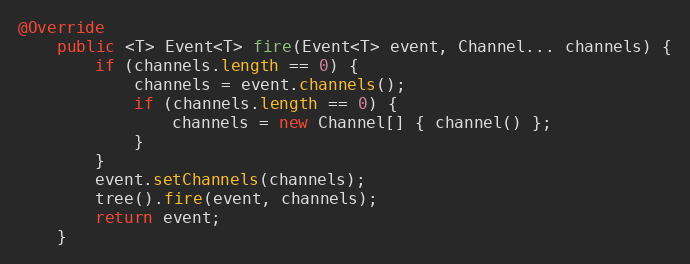
Language: Java
@Override
    public <T> Event<T> fire(Event<T> event, Channel... channels) {
        if (channels.length == 0) {
            channels = event.channels();
            if (channels.length == 0) {
                channels = new Channel[] { channel() };
            }
        }
        event.setChannels(channels);
        tree().fire(event, channels);
        return event;
    }